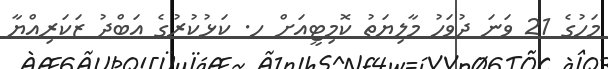
މަހުގެ 21 ވަނަ ދުވަހު މާލިޔަތު ކޮމިޓީއަށް ހ. ކަޅުކުރުގެ އަބްދު ޒަކަރިއްޔާ